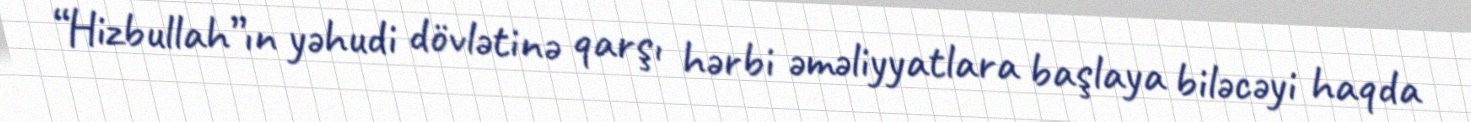
“Hizbullah”ın yəhudi dövlətinə qarşı hərbi əməliyyatlara başlaya biləcəyi haqda